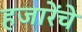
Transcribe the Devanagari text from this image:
हजारेंचे